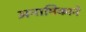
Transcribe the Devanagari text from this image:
अनामिकाने